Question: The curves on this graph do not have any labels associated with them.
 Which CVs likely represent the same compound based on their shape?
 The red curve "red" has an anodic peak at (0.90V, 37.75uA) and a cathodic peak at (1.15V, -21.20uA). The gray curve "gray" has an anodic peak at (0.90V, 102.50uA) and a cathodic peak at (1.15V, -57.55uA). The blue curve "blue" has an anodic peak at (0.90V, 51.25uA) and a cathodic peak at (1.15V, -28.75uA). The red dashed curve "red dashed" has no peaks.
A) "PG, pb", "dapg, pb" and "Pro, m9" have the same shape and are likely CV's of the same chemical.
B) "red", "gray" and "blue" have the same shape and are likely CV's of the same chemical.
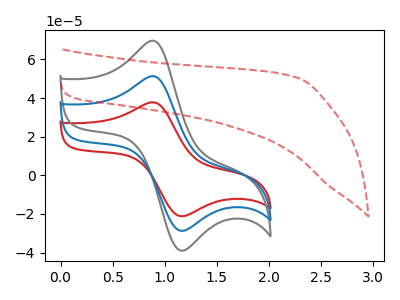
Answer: <think>All the peaks in "red" have a peak in "gray" at the same potential. Every peak in "red" is lower than every peak in "gray". All the peaks in "red" have a peak in "blue" at the same potential. Every peak in "red" is lower than every peak in "blue". "red" and "red dashed" have a different number of peaks. All the peaks in "gray" have a peak in "blue" at the same potential. Every peak in "gray" is higher than every peak in "blue". "gray" and "red dashed" have a different number of peaks. "blue" and "red dashed" have a different number of peaks.
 </think>
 <answer>B) "red", "gray" and "blue" have the same shape and are likely CV's of the same chemical.</answer>
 <eval>B</eval>